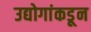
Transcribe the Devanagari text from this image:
उद्योगांकडून